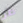
طر